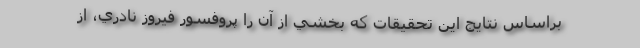
براساس نتايج اين تحقيقات كه بخشي از آن را پروفسور فيروز نادري، از